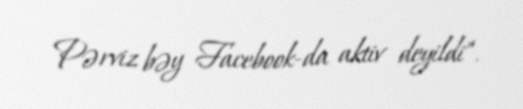
Pərviz bəy Facebook-da aktiv deyildi”.